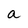
Character: a